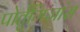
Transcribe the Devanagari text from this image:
पोर्तुगिजांस